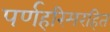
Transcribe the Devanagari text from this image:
पर्णहरिमरहित